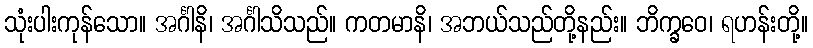
သုံးပါးကုန်သော။ အင်္ဂါနိ၊ အင်္ဂါသိသည်။ ကတမာနိ၊ အဘယ်သည်တို့နည်း။ ဘိက္ခဝေ၊ ရဟန်းတို့။